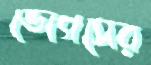
ভোগসের